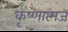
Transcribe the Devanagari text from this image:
कृष्णात्मज